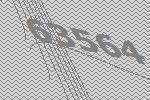
63564